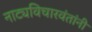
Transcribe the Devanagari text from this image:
नाट्यविचारवंतांनी